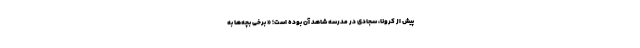
پیش از کرونا، سجادی در مدرسه شاهد آن بوده است؛ « برخی بچه‌ها به ‌